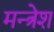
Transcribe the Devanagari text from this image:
मन्त्रेश